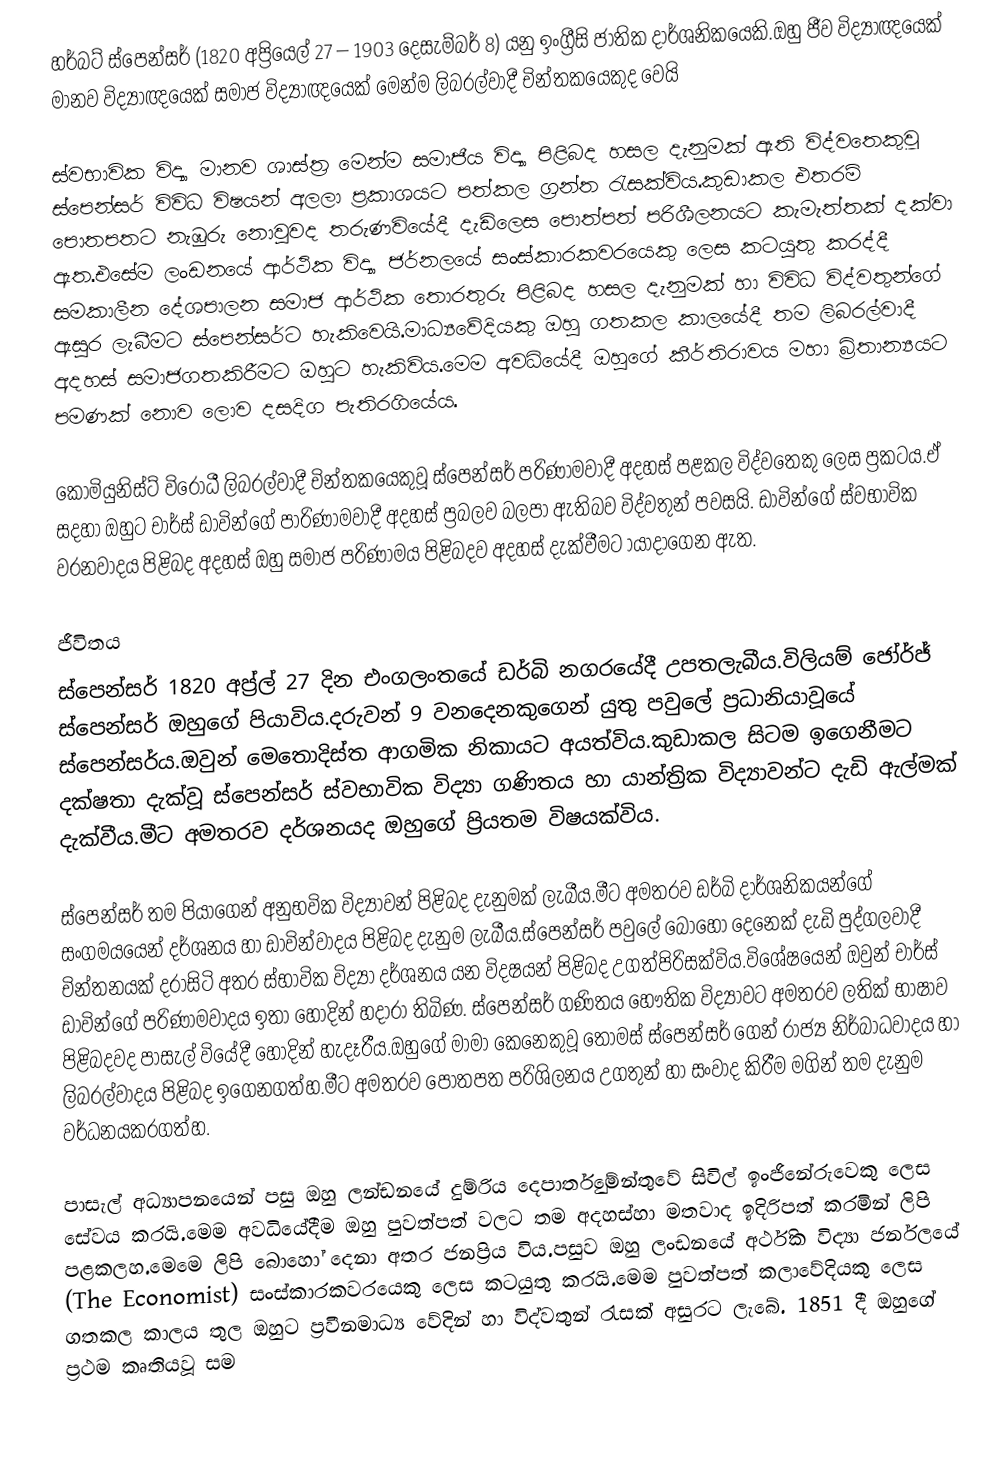
හර්බට් ස්පෙන්සර් (1820 අප්‍රියෙල් 27 – 1903 ‍දෙසැම්බර් 8) යනු ඉංග්‍රීසි ජාතික දාර්ශනිකයෙකි.ඔහු ජීව විද්‍යාඥයෙක් මානව විද්‍යාඥයෙක් සමාජ විද්‍යාඥයෙක් මෙන්ම ලිබරල්වාදී චින්තකයෙකුද වෙයි

ස්වභාවික විද්‍යා මානව ශාස්ත්‍ර මෙන්ම සමාජීය විද්‍යා පිළිබද හසල දැනුමක් ඇති විද්වතෙකුවූ ස්පෙන්සර් විවිධ විෂයන් අලලා ප්‍රකාශයට පත්කල ග්‍රන්ත රැසක්විය.කුඩාකල එතරම් පොතපතට නැඹුරු නොවුවද තරුණවියේදී දැඩිලෙස පොත්පත් පරිශීලනයට කැමැත්තක් දක්වා ඇත.එසේම ලංඩනයේ ආර්ථික විද්‍යා ජර්නලයේ සංස්කාරකවරයෙකු ලෙස කටයුතු කරද්දී සමකාලීන දේශපාලන සමාජ ආර්ථික තොරතුරු පිළිබද හසල දැනුමක් හා විවිධ විද්වතුන්ගේ ඇසුර ලැබීමට ස්පෙන්සර්ට හැකිවෙයි.මාධ්‍යවේදියකු ඔහු ගතකල කාලයේදී තම ලිබරල්වාදී අදහස් සමාජගතකිරීමට ඔහුට හැකිවිය.මෙම අවධියේදී ඔහුගේ කීර්තිරාවය මහා බ්‍රිතාන්‍යයට පමණක් නොව ලොව දසදිග පැතිරගියේය.

කොමියුනිස්ට් විරෝධී ලිබරල්වාදී චින්තකයෙකුවූ ස්පෙන්සර් පරිණාමවාදී අදහස් පළකල විද්වතෙකු ලෙස ප්‍රකටය.ඒ සදහා ඔහුට චාර්ස් ඩාවින්ගේ පාරිණාමවාදී අදහස් ප්‍රබලව බලපා ඇතිබව විද්වතුන් පවසයි. ඩාවින්ගේ ස්වභාවික වරනවාදය පිළිබද අදහස් ඔහු සමාජ පරිණාමය පිළිබදව අදහස් දැක්වීමට ායාදාගෙන ඇත.

ජීවිතය
ස්පෙන්සර් 1820 අප්‍ර්ල් 27 දින එංගලංතයේ ඩර්බි නගරයේදී උපතලැබීය.විලියම් ජෝර්ජ් ස්පෙන්සර් ඔහුගේ පියාවිය.දරුවන් 9 වනදෙනකුගෙන් යුතු පවුලේ ප්‍රධානියාවූයේ ස්පෙන්සර්ය.ඔවුන් මෙතොදිස්ත ආගමික නිකායට අයත්විය.කුඩාකල සිටම ඉගෙනීමට දක්ෂතා දැක්වූ ස්පෙන්සර් ස්වභාවික විද්‍යා ගණිතය හා යාන්ත්‍රික විද්‍යාවන්ට දැඩි ඇල්මක් දැක්වීය.මීට අමතරව දර්ශනයද ඔහුගේ ප්‍රියතම විෂයක්විය.

ස්පෙන්සර් තම පියාගෙන් අනුභවික විද්‍යාවන් පිළිබද දැනුමක් ලැබීය.මීට අමතරව ඩර්බි දාර්ශනිකයන්ගේ සංගමයයෙන් දර්ශනය හා ඩාවින්වාදය පිළිබද දැනුම ලැබීය.ස්පෙන්සර් පවුලේ බොහෝ දෙනෙක් දැඩි පුද්ගලවාදී චින්තනයක් දරාසිටි අතර ස්භාවික විද්‍යා දර්ශනය යන විදෂයන් පිළිබද උගත්පිරිසක්විය.විශේෂයෙන් ඔවුන් චාර්ස් ඩාවින්ගේ පරිණාමවාදය ඉතා හොදින් හදාරා තිබිණ. ස්පෙන්සර් ගණිතය හෞතික විද්‍යාවට අමතරව ලතික් භාෂාව පිළිබදවද පාසැල් වියේදී හොදින් හැදෑරීය.ඔහුගේ මාමා කෙනෙකුවූ තෝමස් ස්පෙන්සර් ගෙන් රාජ්‍ය නිර්බාධවාදය හා ලිබරල්වාදය පිළිබද ඉගෙනගත්හ.මීට අමතරව පොතපත පරිශිලනය උගතුන් හා සංවාද කිරීම මගින් තම දැනුම වර්ධනයකරගත්හ.

පාසැල් අධ්‍යාපනයෙන් පසු ඔහු ලන්ඩනයේ දුම්රිය දෙපාර්තුමේන්තුවේ සිවිල් ඉංජිනේරුවෙකු ලෙස සේවය කරයි.මෙම අවධියේදීම ඔහු පුවත්පත් වලට තම අදහස්හා මතවාද ඉදිරිපත් කරමින් ලිපි පළකලහ.මෙමෙ ලිපි බොහෝ දෙනා අතර ජනප්‍රිය විය.පසුව ඔහු ලංඩනයේ අර්ථික විද්‍යා ජර්නලයේ (The Economist) සංස්කාරකවරයෙකු ලෙස කටයුතු කරයි.මෙම පුවත්පත් කලාවේදියකු ලෙස ගතකල කාලය තුල ඔහුට ප්‍රවීනමාධ්‍ය වේදින් හා විද්වතුන් රැසක් අසුරට ලැබේ. 1851 දී ඔහුගේ ප්‍රථම කෘතියවූ සම